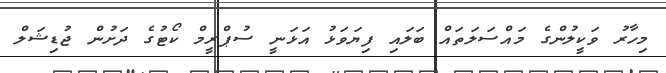
މިހާރު ވަކީލުންގެ މައްސަލަތައް ބަލައި ފިޔަވަޅު އަޅަނީ ސުޕްރީމް ކޯޓުގެ ދަށުން ޖުޑިޝަލް